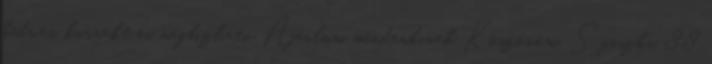
kedves, korrekt és megbízható Ajánlom mindenkinek Köszönöm. Sziszka 88